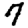
Digit: 7